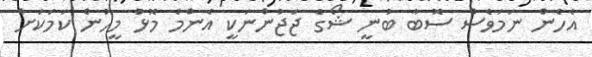
އެހެން ނަމަވެސް ސޮބާ ބުނީ ޝޯގެ ޖަޖުންނަކީ އެންމެ މޮޅު މީހުން ކަމަކަށް